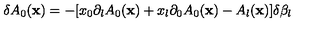
\delta A _ { 0 } ( { \bf x } ) = - [ x _ { 0 } \partial _ { l } A _ { 0 } ( { \bf x } ) + x _ { l } \partial _ { 0 } A _ { 0 } ( { \bf x } ) - A _ { l } ( { \bf x } ) ] \delta \beta _ { l }